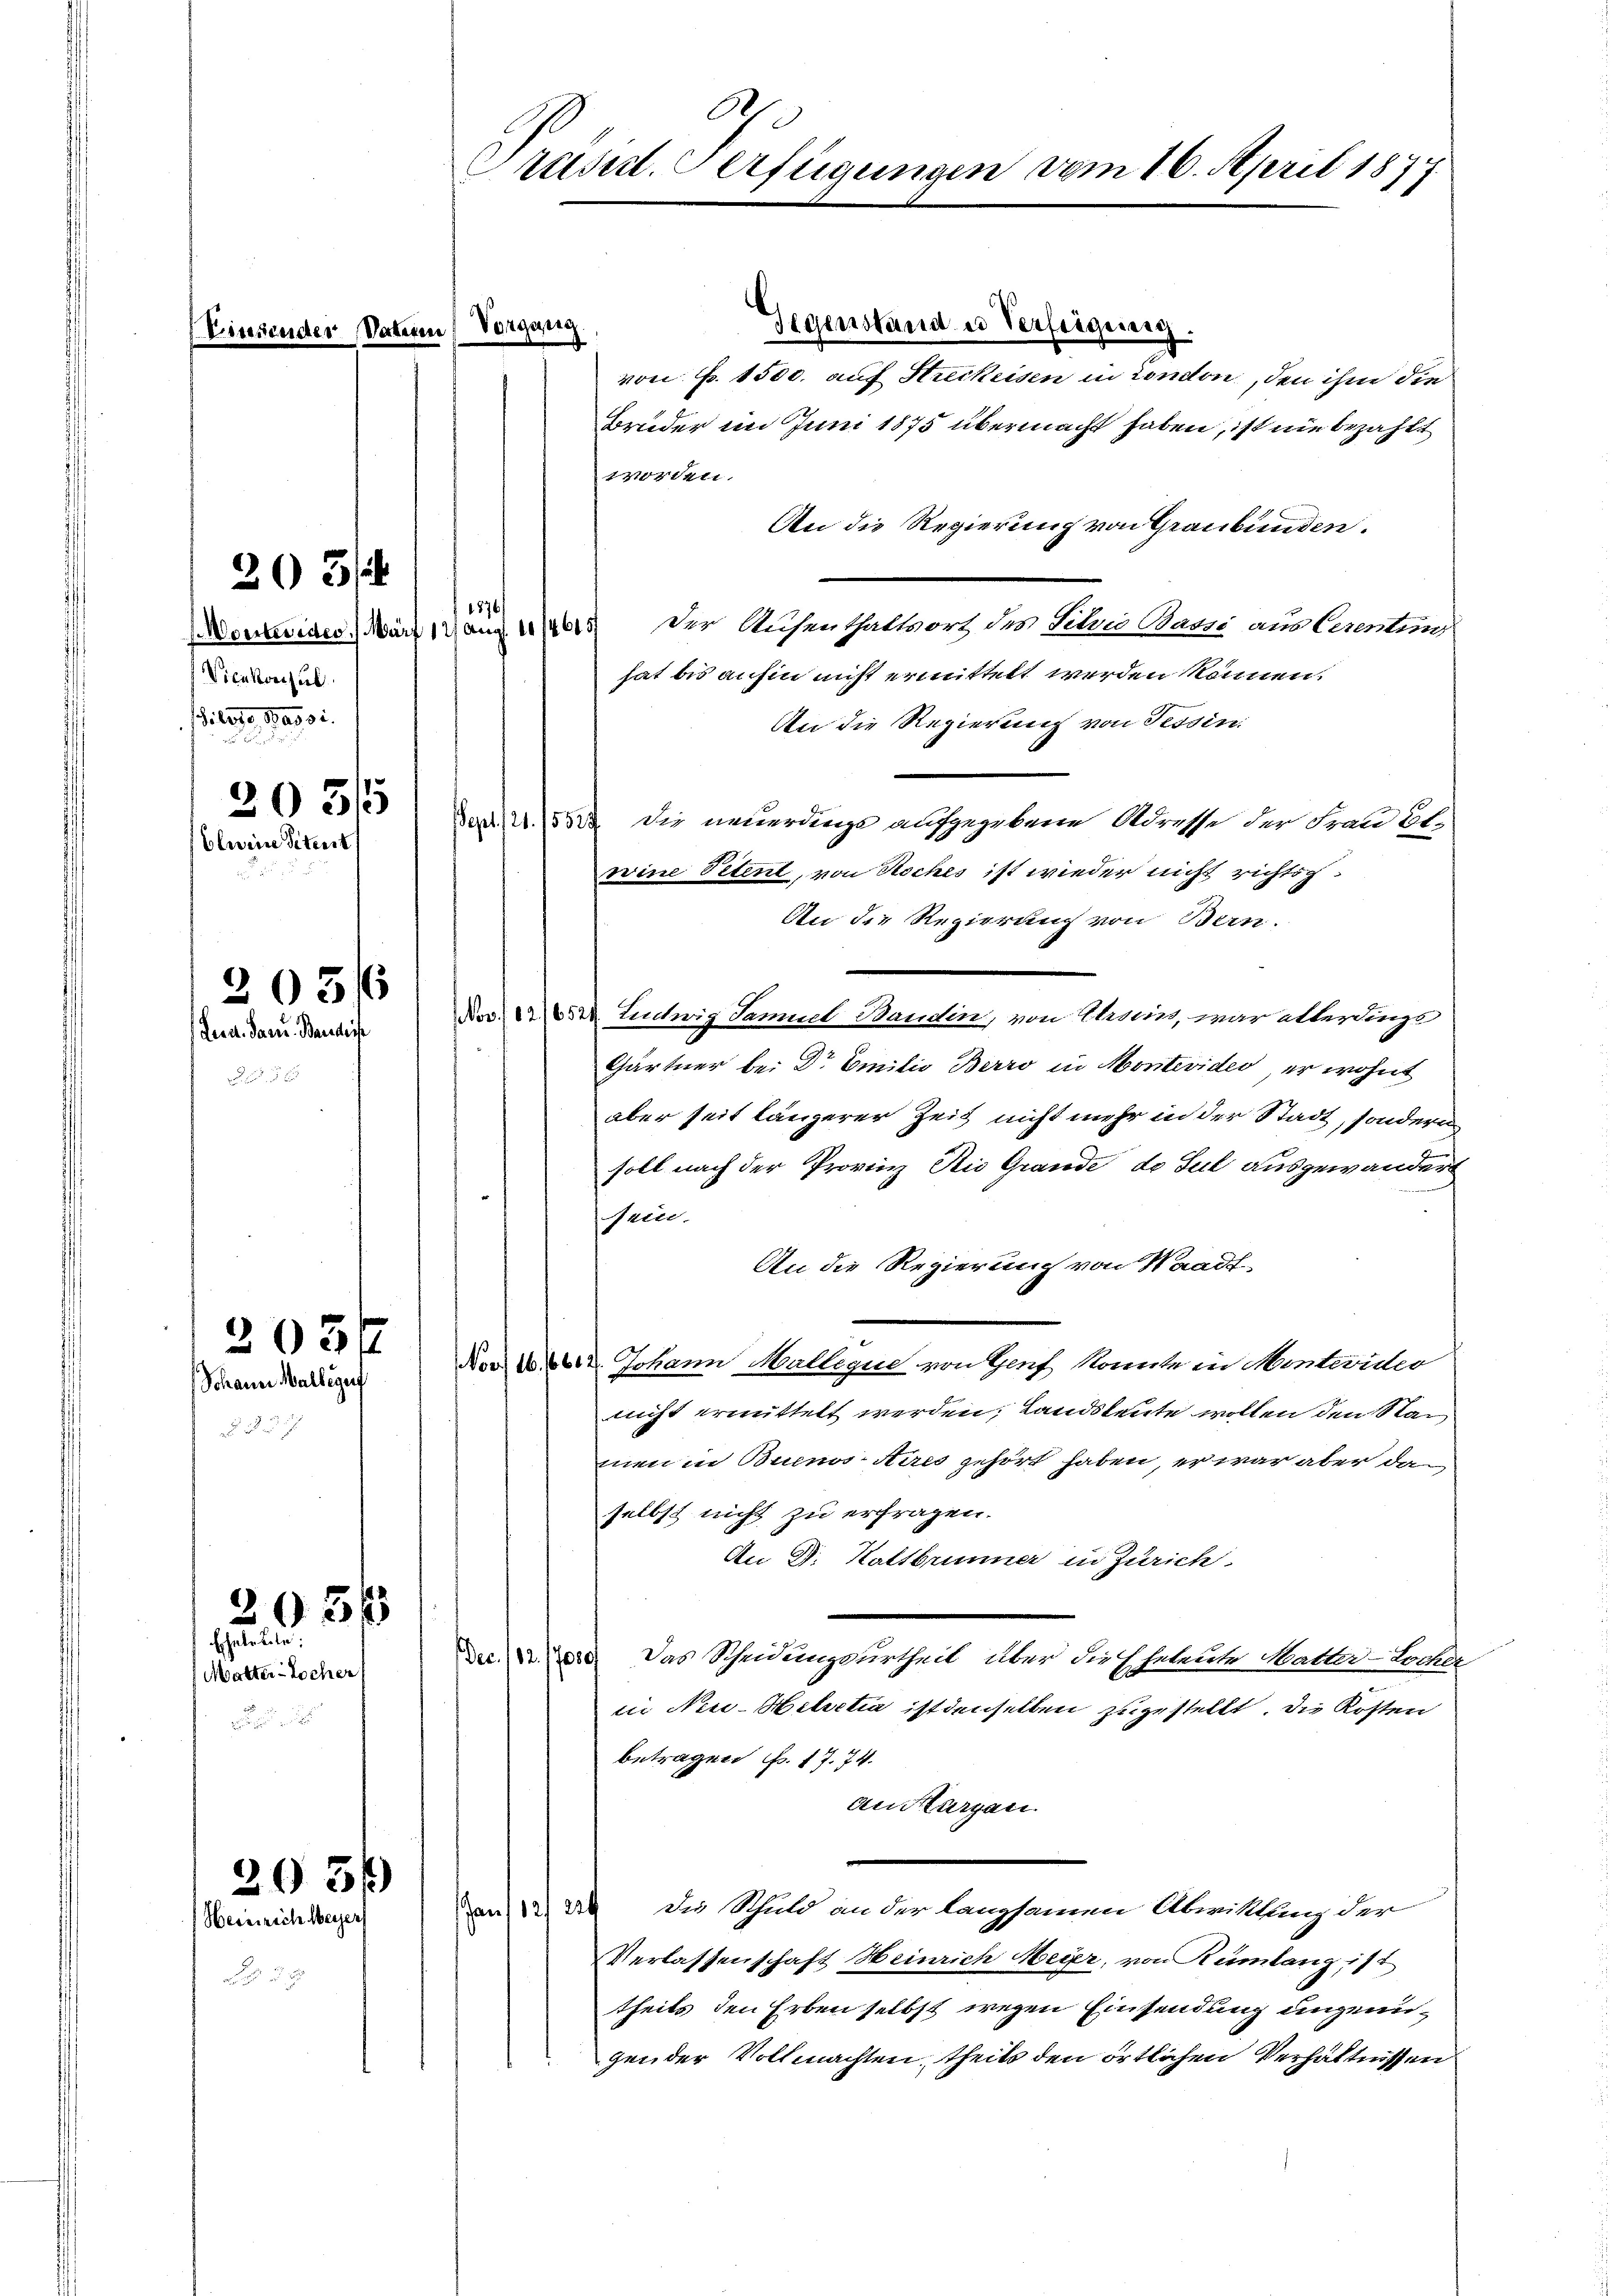
Vicekonsul
iles, pag. 31.
2035
bluine Petent

20 3/4

205/6
Leen. Dazu Baudis

Schann Walligu

Matter-Locher s

205/
Eheletile

20 34)
Heinrich Meyer

Gegenstand u Verfügung
von Fr. 1500. auf Streckeisen in Condon, den ihm die
Bruder im Juni 1875 übermacht haben, ist nie bezahlt
worden.
An die Regierung von Graubünden.
Monkeine März 17 n 1613 der Aufenthaltort des Sebris Batze aus Carenting
hat bis anhin nicht ermittelt werden können.
An die Regierung von Tessin
da 2. 553 die neuerdings aufgegebene Adresse der Frau Bl.
weine Petent, von Roches ist wieder nicht richtig
An die Regierung von Bern.
Nov. 12. 16524
Lentwig Samuel Baudin, von Ersins, war allerdings
Gärtner bei Dr Emilie Berro in Montevides, er wohnt
aber seit längerer Zeit nicht mehr in der Stadt, sondern
soll nach der Provinz Nie Grande de Jul ausgewandert
sein.
An die Regierung von Waadt-
27 des aber Johann Malligue von Hof konnte in Montevideo
nicht ermittelt werden; Landsleute wollen den Stanmen in Buenos Aires gehört haben, er war aber dan
selbst nicht zu erfragen.
An Dr. Kaltbrunner in Zürich
880. Das Scheidungsurtheil aber die Eheleute Matter-Locher
in Neu-Helvetia ist denselben zuzustellt. Die Kosten
betragen No. 17. 74.
an Thurgau
die Schuld an der langsamen Abwittung der
schon 12220
Verlassenschaft Heinrich Meier, von Rümlang ist
theils den Erben selbst wegen Einsendung ungenügender Vollmachten, theils den örtlichen Verhältnissen

A
Prust. Verfügungen vom 16. April 1877

Vaterin Vorgang.

1576